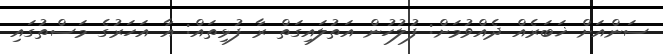
ސަންއަށް ޚަބަރެއް ދެއްވުމަށް: ފުލުހުން އަތުލައިގަތް ރާ ފުޅިތައް: އާ އަހަރުގެ މަސްތުގައި